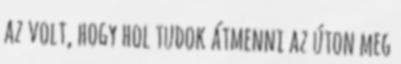
az volt, hogy hol tudok átmenni az úton meg